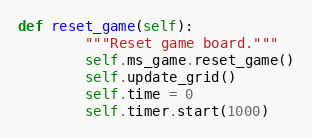
Language: Python
def reset_game(self):
        """Reset game board."""
        self.ms_game.reset_game()
        self.update_grid()
        self.time = 0
        self.timer.start(1000)